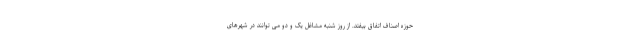
حوزه اصناف اتفاق بیفتد. از روز شنبه مشاغل یک و دو می توانند در شهرهای